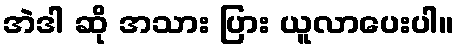
အဲဒါ ဆို အသား ပြား ယူလာပေးပါ။